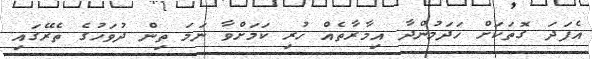
އެފަދަ ގޮތަކަށް ހަދަމުންދާ އިމާރާތެއް ހުރި ކަމަށްވާ ނަމަ ތިން ދުވަހުގެ ތެރޭގައި